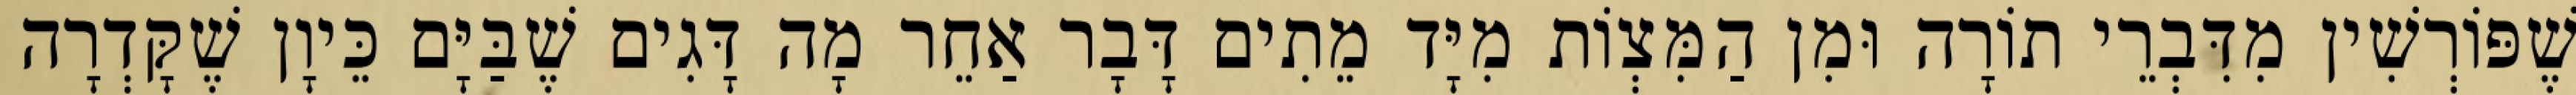
שֶׁפּוֹרְשִׁין מִדִּבְרֵי תוֹרָה וּמִן הַמִּצְוֹת מִיָּד מֵתִים דָּבָר אַחֵר מָה דָּגִים שֶׁבַּיָּם כֵּיוָן שֶׁקָּדְרָה